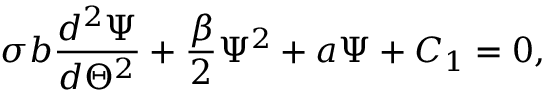
\sigma b \frac { d ^ { 2 } \Psi } { d \Theta ^ { 2 } } + \frac { \beta } { 2 } \Psi ^ { 2 } + a \Psi + C _ { 1 } = 0 ,